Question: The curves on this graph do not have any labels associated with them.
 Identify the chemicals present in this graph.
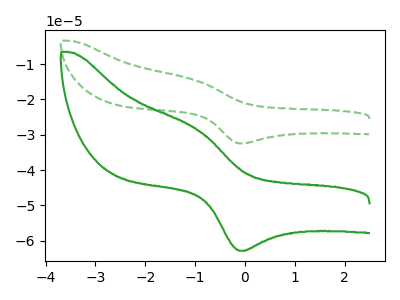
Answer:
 <answer>The green dashed curve does not have a label. The green curve does not have a label.</answer>
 <eval></eval>